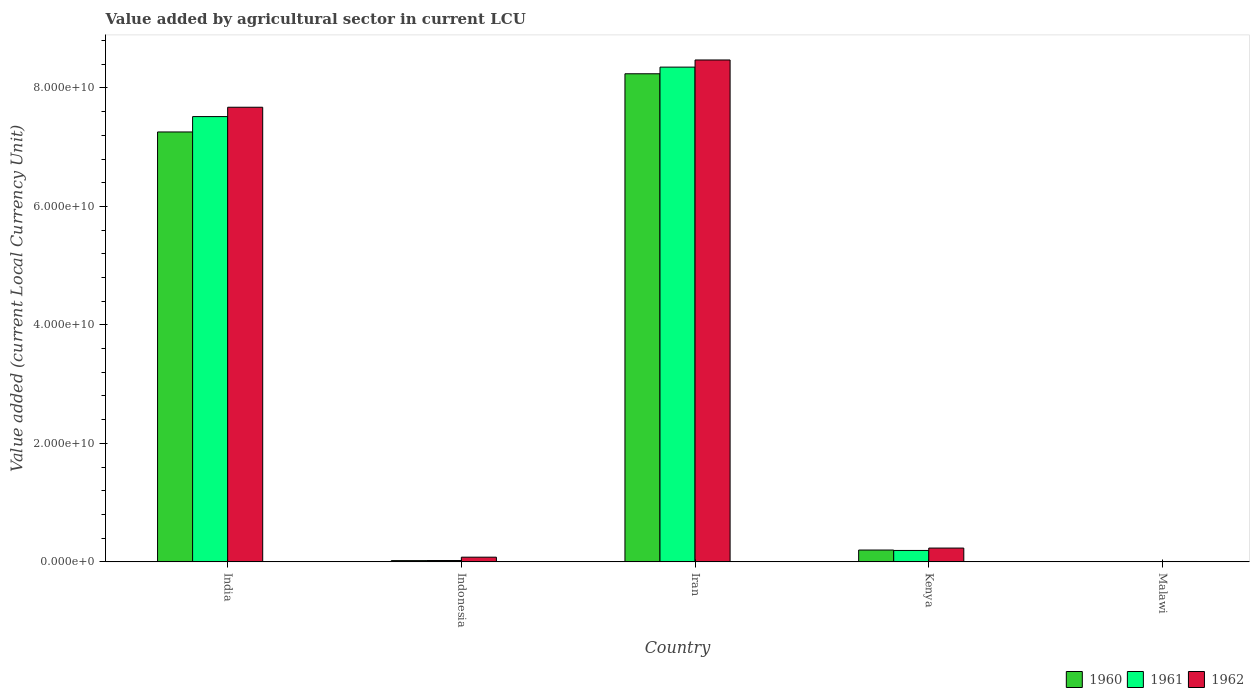
| Country | 1960 | 1961 | 1962 |
 | --- | --- | --- | --- |
 | India | 7.26e+10 | 7.52e+10 | 7.67e+10 |
 | Indonesia | 2.12e+08 | 2.27e+08 | 7.93e+08 |
 | Iran | 8.24e+10 | 8.35e+10 | 8.47e+10 |
 | Kenya | 2e+09 | 1.93e+09 | 2.33e+09 |
 | Malawi | 5.63e+07 | 6.06e+07 | 6.36e+07 |